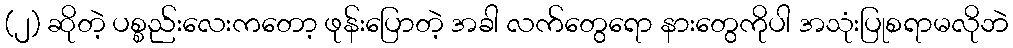
(၂) ဆိုတဲ့ ပစ္စည်းလေးကတော့ ဖုန်းပြောတဲ့ အခါ လက်တွေရော နားတွေကိုပါ အသုံးပြုစရာမလိုဘဲ